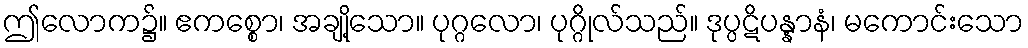
ဤလောက၌။ ဧကစ္စော၊ အချို့သော။ ပုဂ္ဂလော၊ ပုဂ္ဂိုလ်သည်။ ဒုပ္ပဋိပန္နာနံ၊ မကောင်းသော